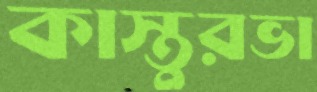
কাস্তুরভা